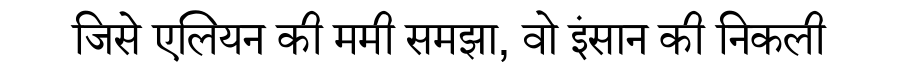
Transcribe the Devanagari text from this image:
जिसे एलियन की ममी समझा, वो इंसान की निकली